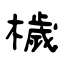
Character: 檅